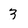
Character: 3